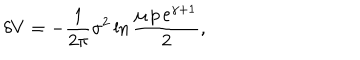
\delta V = - \frac { 1 } { 2 \pi } \sigma ^ { 2 } \ln \frac { \mu \, p \, e ^ { \gamma + 1 } } { 2 } ,